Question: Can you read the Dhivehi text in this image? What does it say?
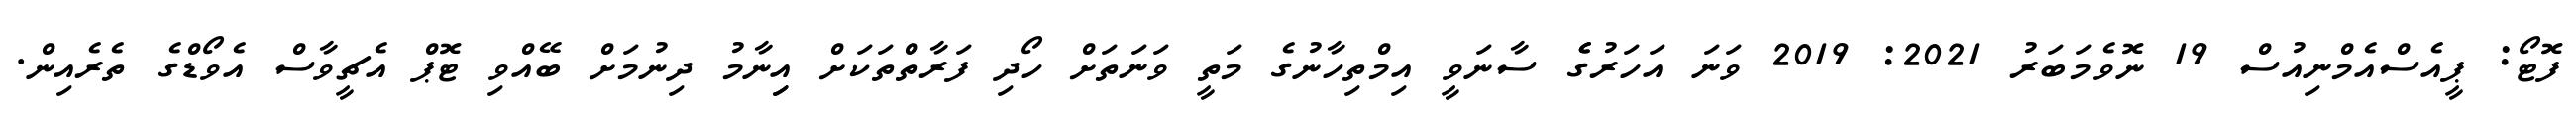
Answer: ފޮޓޯ: ޕީއެސްއެމްނިއުސް 19 ނޮވެމަބަރު 2021: 2019 ވަނަ އަހަރުގެެ ސާނަވީ އިމްތިހާނުގެ މަތީ ވަނަތަށް ހޯދި ފަރާތްތަކަށް އިިނާމު ދިނުމަށް ބޭއްވި ޓޮޕް އެޗީވާސް އެވޯޑްގެ ތެރެއިން.